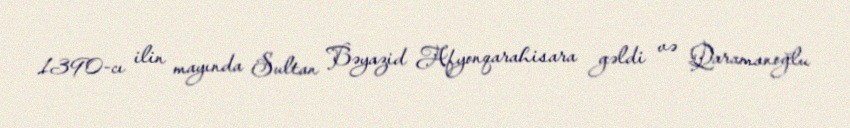
1390-cı ilin mayında Sultan Bəyazid Afyonqarahisara gəldi və Qaramanoğlu